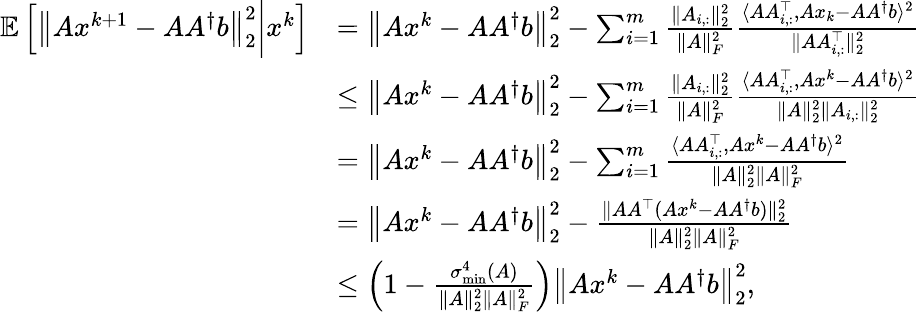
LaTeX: \begin{array}{rl}{\mathbb{E}\left[\left\| Ax^{k+1}-AA^{\dagger}b\right\| _{2}^{2}\bigg|x^{k}\right]}&{=\left\| Ax^{k}-AA^{\dagger}b\right\| _{2}^{2}-\sum_{i=1}^{m}\frac{\| A_{i,:}\| _{2}^{2}}{\| A\| _{F}^{2}}\frac{\langle AA_{i,:}^{\top},Ax_{k}-AA^{\dagger}b\rangle^{2}}{\| AA_{i,:}^{\top}\| _{2}^{2}}}\\ &{\leq\left\| Ax^{k}-AA^{\dagger}b\right\| _{2}^{2}-\sum_{i=1}^{m}\frac{\| A_{i,:}\| _{2}^{2}}{\| A\| _{F}^{2}}\frac{\langle AA_{i,:}^{\top},Ax^{k}-AA^{\dagger}b\rangle^{2}}{\| A\| _{2}^{2}\| A_{i,:}\| _{2}^{2}}}\\ &{=\left\| Ax^{k}-AA^{\dagger}b\right\| _{2}^{2}-\sum_{i=1}^{m}\frac{\langle AA_{i,:}^{\top},Ax^{k}-AA^{\dagger}b\rangle^{2}}{\| A\| _{2}^{2}\| A\| _{F}^{2}}}\\ &{=\left\| Ax^{k}-AA^{\dagger}b\right\| _{2}^{2}-\frac{\| AA^{\top}(Ax^{k}-AA^{\dagger}b)\| _{2}^{2}}{\| A\| _{2}^{2}\| A\| _{F}^{2}}}\\ &{\leq\left(1-\frac{\sigma_{\operatorname*{min}}^{4}(A)}{\| A\| _{2}^{2}\| A\| _{F}^{2}}\right)\left\| Ax^{k}-AA^{\dagger}b\right\| _{2}^{2},}\end{array}